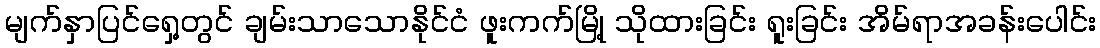
မျက်နှာပြင်ရှေ့တွင် ချမ်းသာသောနိုင်ငံ ဖူးကက်မြို့ သိုထားခြင်း ရူးခြင်း အိမ်ရာအခန်းပေါင်း